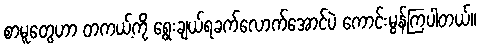
စာမူတွေဟာ တကယ့်ကို ရွေးချယ်ရခက်လောက်အောင်ပဲ ကောင်းမွန်ကြပါတယ်။